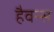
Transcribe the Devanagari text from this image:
हैवन्स